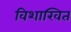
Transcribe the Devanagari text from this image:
विशाखित